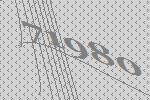
71980